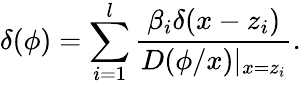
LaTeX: \delta(\phi)=\sum_{i=1}^{l}\frac{\beta_{i}\delta(x-z_{i})}{D(\phi/x)|_{x=z_{i}}}.